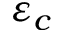
\varepsilon _ { c }